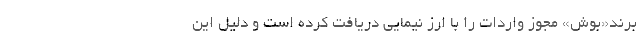
برند«بوش» مجوز واردات را با ارز نیمایی دریافت کرده است‌ و دلیل این